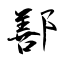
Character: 鄯